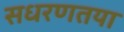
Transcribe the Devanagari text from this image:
सधरणतया